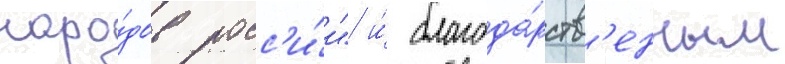
наро́дов росс'и́и" и́ благода́рств'енным